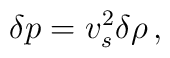
\delta p = v_s ^2 \delta\rho \, ,